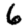
Digit: 6